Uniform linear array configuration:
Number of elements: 8
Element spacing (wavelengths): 0.25
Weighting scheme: uniform
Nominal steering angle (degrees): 30
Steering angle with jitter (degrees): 29.88
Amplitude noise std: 0.05
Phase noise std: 0.05

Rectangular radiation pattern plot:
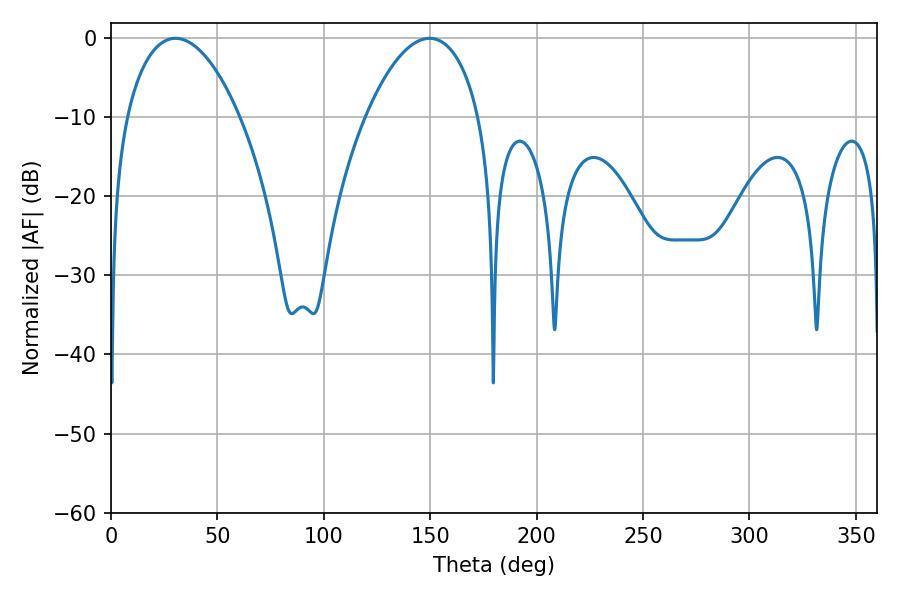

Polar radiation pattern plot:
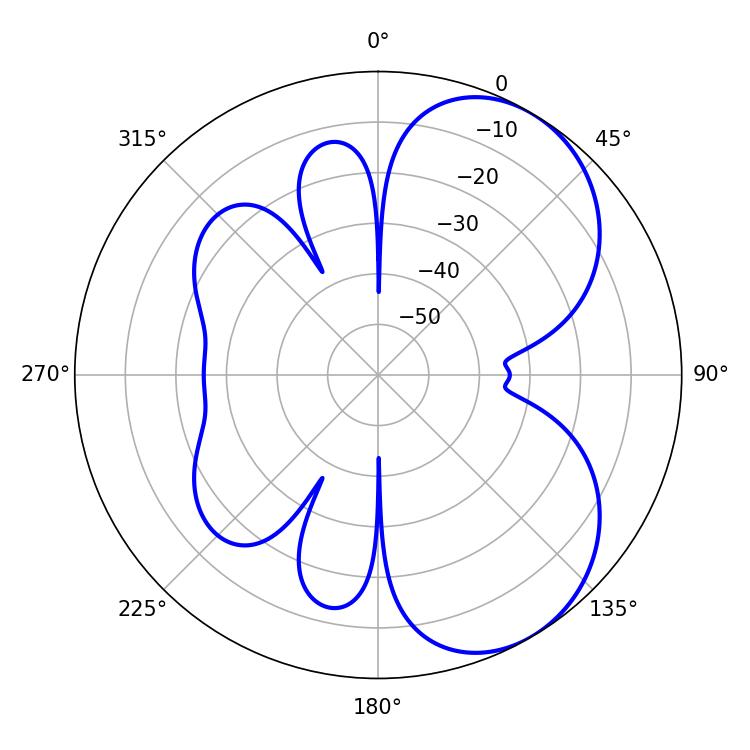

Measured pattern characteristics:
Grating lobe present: FALSE
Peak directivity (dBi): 5.589
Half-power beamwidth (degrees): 29.88
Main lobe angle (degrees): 30.24